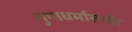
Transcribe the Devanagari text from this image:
गुणधर्मासाठी